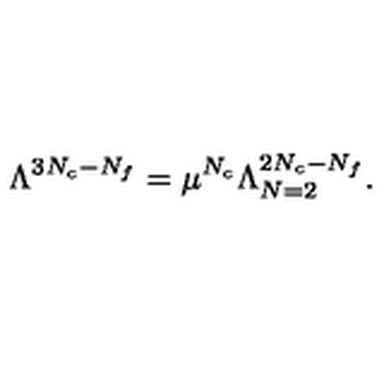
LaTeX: \Lambda ^ { 3 N _ { c } - N _ { f } } = \mu ^ { N _ { c } } \Lambda _ { N = 2 } ^ { 2 N _ { c } - N _ { f } } .